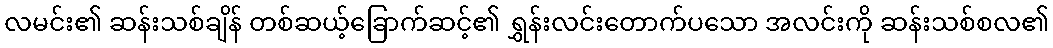
လမင်း၏ ဆန်းသစ်ချိန် တစ်ဆယ့်ခြောက်ဆင့်၏ ရွှန်းလင်းတောက်ပသော အလင်းကို ဆန်းသစ်စလ၏